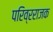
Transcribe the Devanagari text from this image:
परिव्रराजक